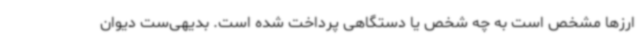
ارزها مشخص است به چه شخص یا دستگاهی پرداخت شده است. بدیهی‌ست دیوان